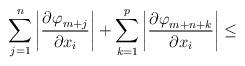
LaTeX: \begin{align*}\sum\limits_{j=1}^n {\left| \frac{{\partial \varphi }_{m+j}}{{\partial x}_{i}} \right|+\sum\limits_{k=1}^p \left| \frac{{\partial \varphi }_{m+n+k}}{{\partial x}_{i}} \right| }\le \end{align*}